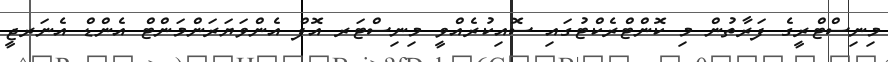
މިނިސްޓްރީގެ ފަރާތުން މި ކޮންޓްރެކްޓުގައި ސޮއިކުރެއްވީ މިނިސްޓަރ އޮފް އެންވަޔަރަންމަންޓް އެންޑް އެނަރޖީ